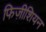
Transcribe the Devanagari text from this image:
फिज़ीशियन